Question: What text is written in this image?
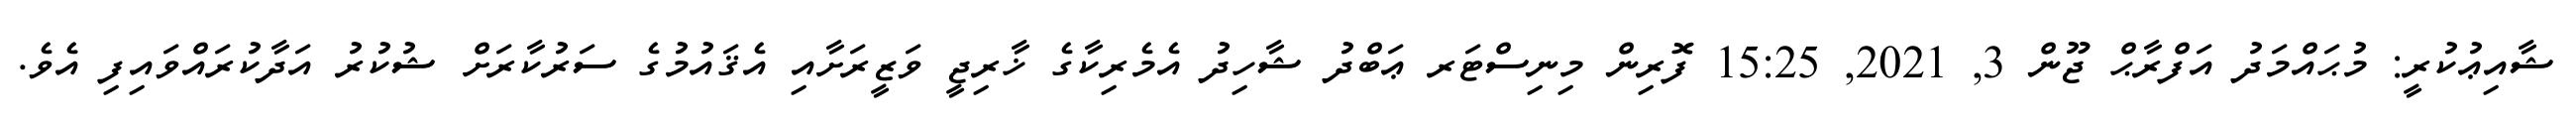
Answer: ޝާއިޢުކުރީ: މުޙައްމަދު އަފްރާޙް ޖޫން 3, 2021, 15:25 ފޮރިން މިނިސްޓަރ ޢަބްދު ޝާހިދު އެމެރިކާގެ ޚާރިޖީ ވަޒީރަށާއި އެޤައުމުގެ ސަރުކާރަށް ޝުކުރު އަދާކުރައްވައިފި އެވެ.